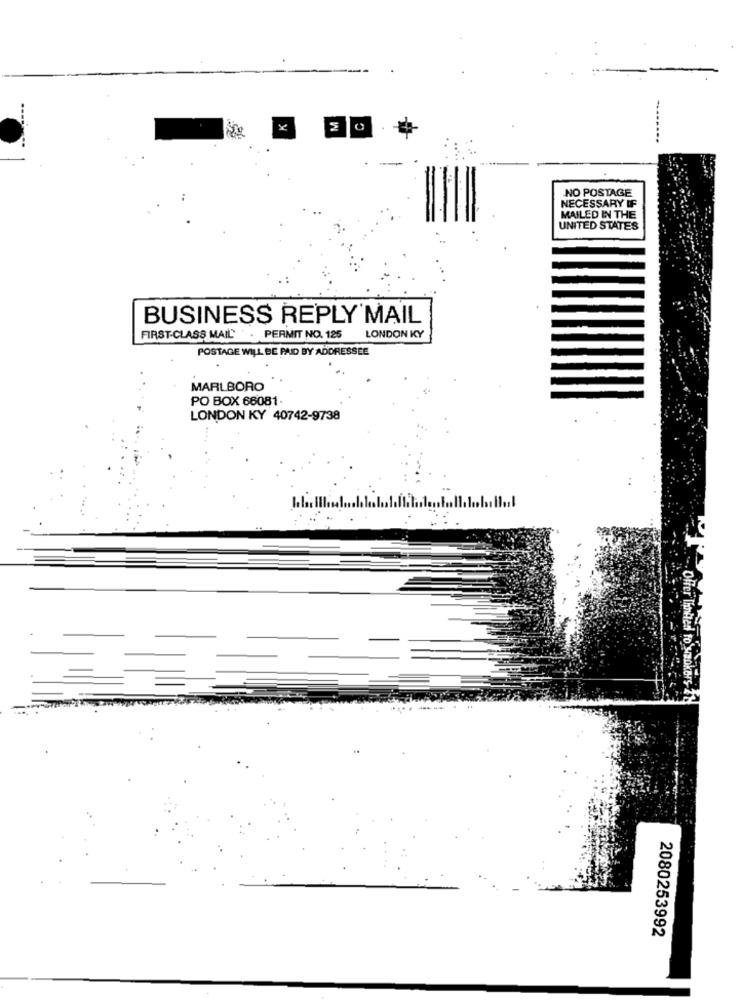
NO POSTAGE
NECESSARY IF
MAILED IN THE
UNITED STATES
BUSINESS REPLY MAIL
FIRST-CLASS MAIL : . PERMIT NO. 125
LONDON KY
POSTAGE WILL BE PAID BY ADDRESSEE
MARLBORO
PO BOX 66081.
LONDON KY 40742-9738
Offer Ihnhed to szokors Iy!
2080253992